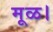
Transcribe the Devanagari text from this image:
मूळ।